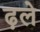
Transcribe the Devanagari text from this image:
ढ़ले